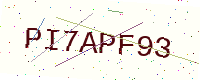
Text: PI7APF93